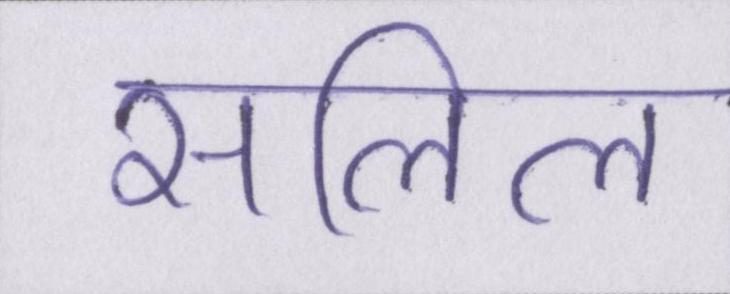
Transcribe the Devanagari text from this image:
सलिल